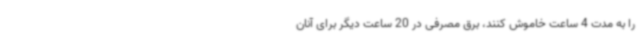
را به مدت 4 ساعت خاموش کنند، برق مصرفی در 20 ساعت دیگر برای آنان